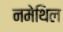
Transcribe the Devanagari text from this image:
नमेथिल